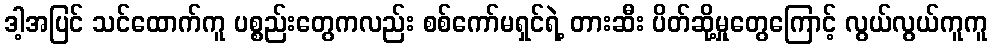
ဒါ့အပြင် သင်ထောက်ကူ ပစ္စည်းတွေကလည်း စစ်ကော်မရှင်ရဲ့ တားဆီး ပိတ်ဆို့မှုတွေကြောင့် လွယ်လွယ်ကူကူ